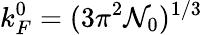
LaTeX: k_{F}^{0}=(3\pi^{2}\mathcal{N}_{0})^{1/3}